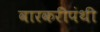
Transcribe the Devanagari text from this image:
वारकरीपंथी